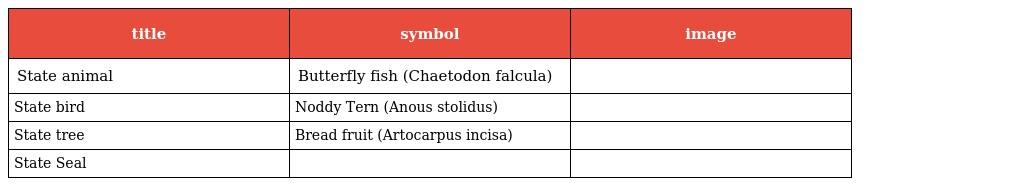
| title | symbol | image |
 | --- | --- | --- |
 | State animal | Butterfly fish (Chaetodon falcula) |  |
 | State bird | Noddy Tern (Anous stolidus) |  |
 | State tree | Bread fruit (Artocarpus incisa) |  |
 | State Seal |  |  |